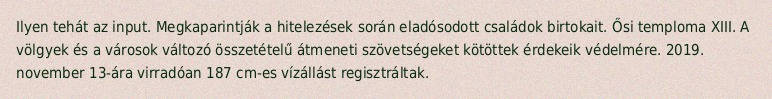
Ilyen tehát az input. Megkaparintják a hitelezések során eladósodott családok birtokait. Ősi temploma XIII. A völgyek és a városok változó összetételű átmeneti szövetségeket kötöttek érdekeik védelmére. 2019. november 13-ára virradóan 187 cm-es vízállást regisztráltak.